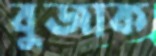
বুজাক